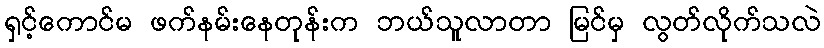
ရှင့်ကောင်မ ဖက်နမ်းနေတုန်းက ဘယ်သူလာတာ မြင်မှ လွတ်လိုက်သလဲ